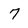
Character: 7